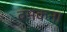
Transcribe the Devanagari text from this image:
दमकना